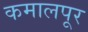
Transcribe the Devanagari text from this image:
कमालपूर